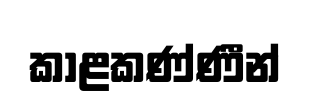
කාළකණ්ණීන්